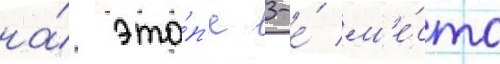
на́ эта́п'е 3-е́ м'е́сто